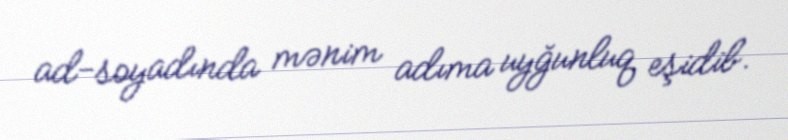
ad-soyadında mənim adıma uyğunluq eşidib.